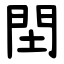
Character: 䦌